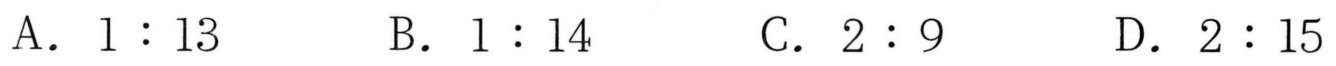
A. \(1:13\)  B. \(1:14\)  C. \(2:9\)  D. \(2:15\)